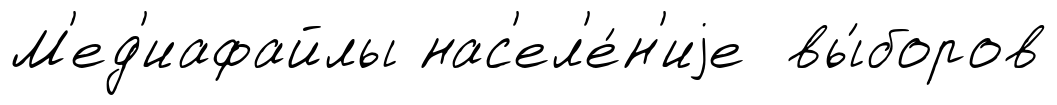
М'ед'иафайлы нас'ел'е́н'иjе вы́боров